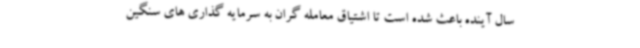
سال آینده باعث شده است تا اشتیاق معامله گران به سرمایه گذاری های سنگین